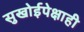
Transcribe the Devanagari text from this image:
सुखोईपेक्षाही